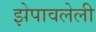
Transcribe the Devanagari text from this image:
झेपावलेली